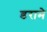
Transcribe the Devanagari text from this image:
डरामे